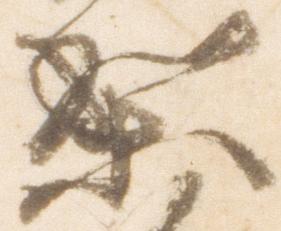
梨